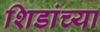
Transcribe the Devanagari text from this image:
शिडांच्या